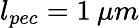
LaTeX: l_{pec}=1\: \mu m